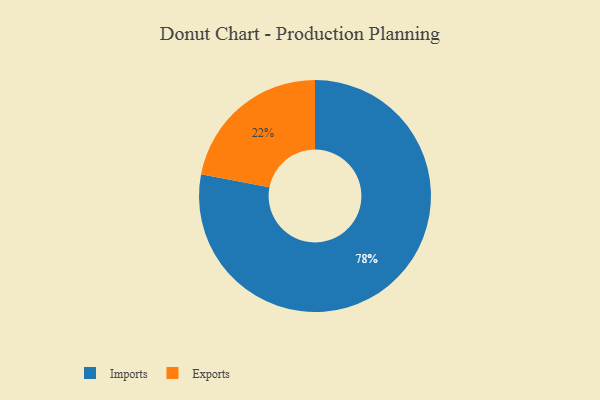
{"axis": {"x": "Category", "y": "Percentage"}, "legend": ["Exports", "Imports"], "data": [{"x": "Imports", "y": 78, "type": "Imports"}, {"x": "Exports", "y": 22, "type": "Exports"}]}